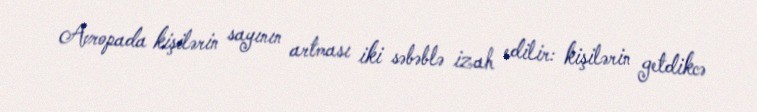
Avropada kişilərin sayının artması iki səbəblə izah edilir: kişilərin getdikcə